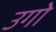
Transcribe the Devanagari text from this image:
उगो